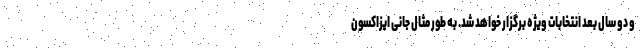
و دو سال بعد انتخابات ویژه برگزار خواهد شد. به طور مثال جانی ایزاکسون